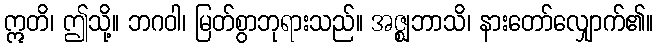
ဣတိ၊ ဤသို့။ ဘဂဝါ၊ မြတ်စွာဘုရားသည်။ အဇ္ဈဘာသိ၊ နားတော်လျှောက်၏။